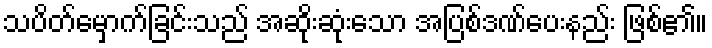
သပိတ်မှောက်ခြင်းသည် အဆိုးဆုံးသော အပြစ်ဒဏ်ပေးနည်း ဖြစ်၏။